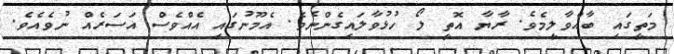
މަތީގައި ބާއްވާލީމެވެ. ރާޔާ އޮތީ ލޯ ހުޅުވާލައިގެންނެވެ. އެމޫނުގައި އެއްވެސް އަސަރެއް ނުވެއެވެ.